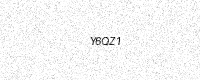
Text: Y6QZ1